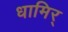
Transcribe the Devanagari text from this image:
धामिर्